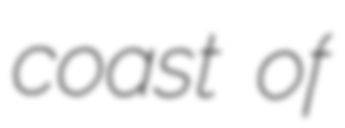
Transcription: coast of